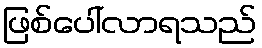
ဖြစ်ပေါ်လာရသည်